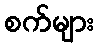
စက်များ